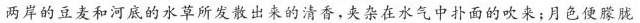
两岸的豆麦和河底的水草所发散出来的清香，夹杂在水气中扑面的吹来；月色便朦胧